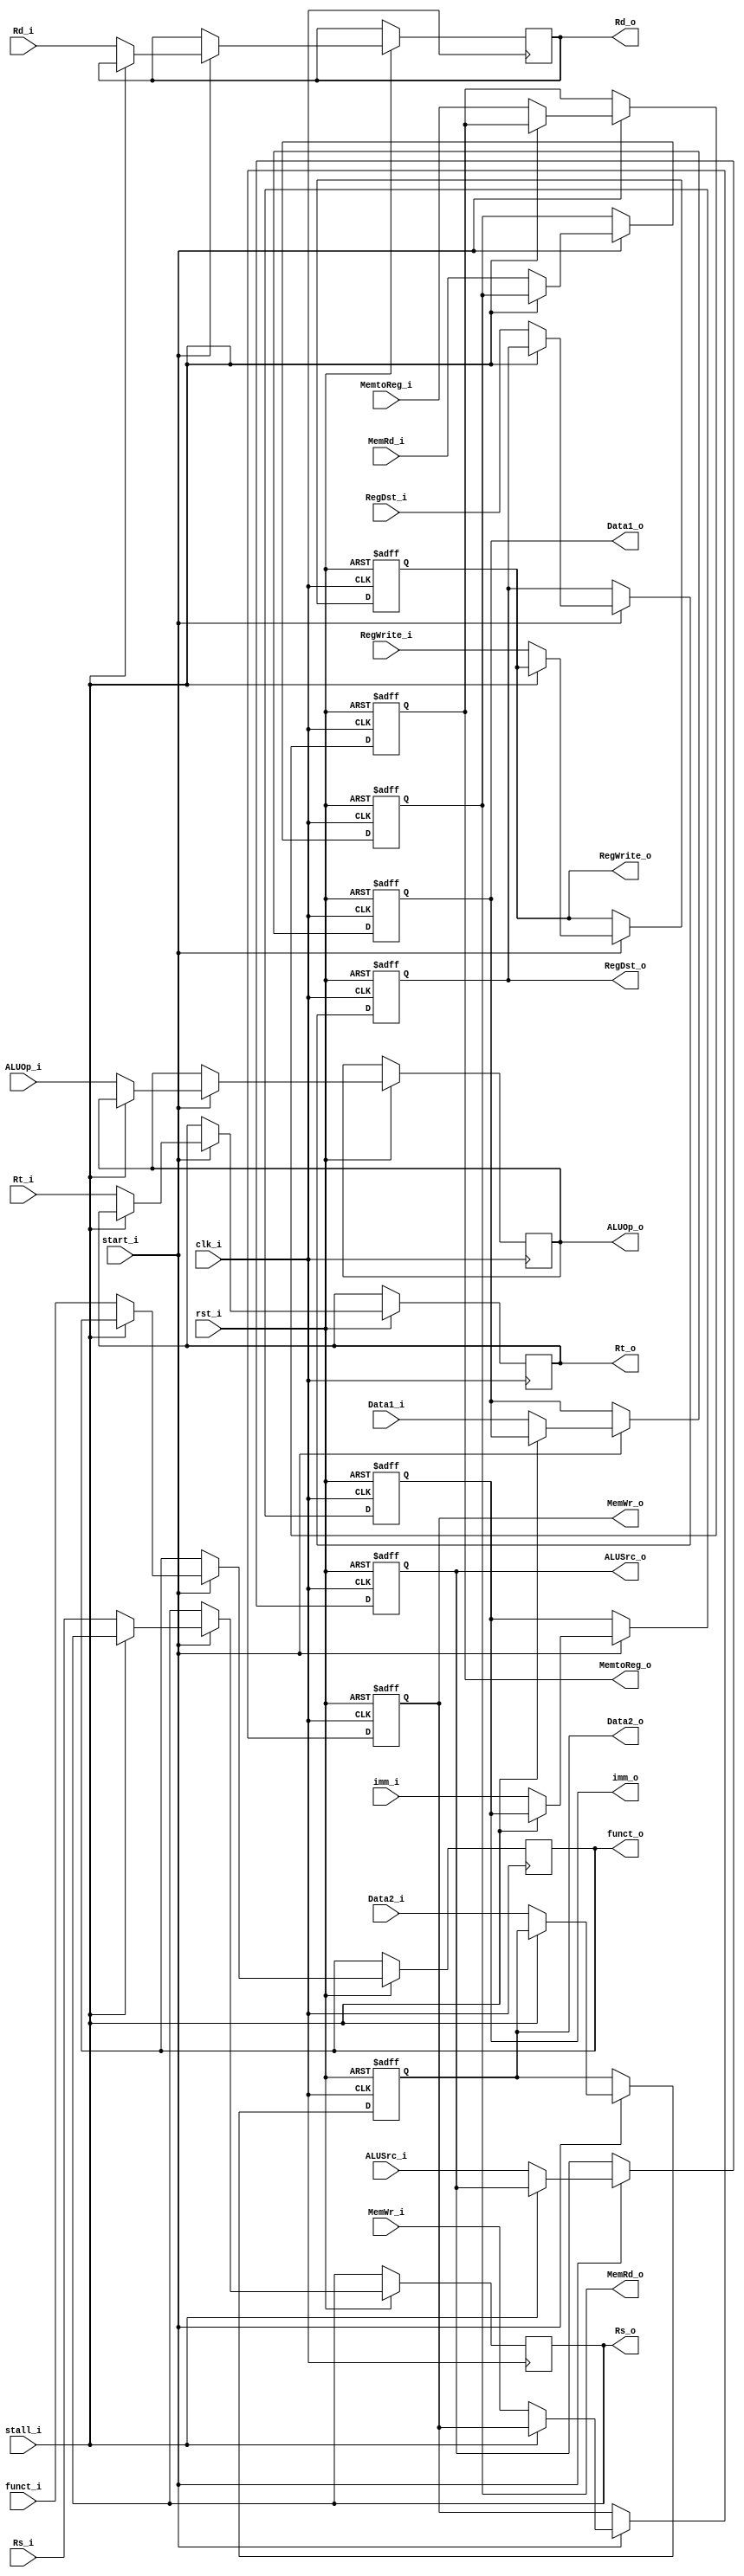
module ID_EX (
    clk_i, start_i, rst_i, stall_i,

    ALUSrc_i, ALUOp_i, RegDst_i, MemRd_i, MemWr_i, MemtoReg_i, RegWrite_i, Data1_i, Data2_i, Rs_i, Rt_i, Rd_i, imm_i, funct_i,

    ALUSrc_o, ALUOp_o, RegDst_o, MemRd_o, MemWr_o, MemtoReg_o, RegWrite_o, Data1_o, Data2_o, Rs_o, Rt_o, Rd_o, imm_o, funct_o
);

input           clk_i, start_i, rst_i, stall_i;
input           ALUSrc_i, RegDst_i, MemRd_i, MemWr_i, MemtoReg_i, RegWrite_i; 
input  [1:0]    ALUOp_i;
input  [31:0]   Data1_i, Data2_i, imm_i;
input  [4:0]    Rs_i, Rt_i, Rd_i;
input  [5:0]    funct_i;

output          ALUSrc_o, RegDst_o, MemRd_o, MemWr_o, MemtoReg_o, RegWrite_o; 
output [1:0]    ALUOp_o;
output [31:0]   Data1_o, Data2_o, imm_o;
output [4:0]    Rs_o, Rt_o, Rd_o;
output [5:0]    funct_o;

reg             ALUSrc,   RegDst,   MemRd,   MemWr,   MemtoReg,   RegWrite;
reg    [1:0]    ALUOp;
reg    [31:0]   Data1,   Data2,   imm;
reg    [4:0]    Rs,   Rt,   Rd;
reg    [5:0]    funct;

assign ALUSrc_o = ALUSrc;
assign RegDst_o = RegDst;
assign MemRd_o = MemRd;
assign MemWr_o = MemWr;
assign MemtoReg_o = MemtoReg;
assign RegWrite_o = RegWrite;
assign ALUOp_o = ALUOp;
assign Data1_o = Data1;
assign Data2_o = Data2;
assign imm_o = imm;
assign Rs_o = Rs;
assign Rt_o = Rt;
assign Rd_o = Rd;
assign funct_o = funct;

always @ (posedge clk_i or negedge rst_i) begin
    if (~rst_i) begin
        ALUSrc <= 1'b0;
        RegDst <= 1'b0;
        MemRd <= 1'b0;
        MemWr <= 1'b0;
        MemtoReg <= 1'b0;
        RegWrite <= 1'b0;
        Data1 <= 32'b0;
        Data2 <= 32'b0;
        imm <= 32'b0;
    end
    else if (start_i) begin
        if (~stall_i) begin
            ALUSrc <= ALUSrc_i;
            RegDst <= RegDst_i;
            MemRd <= MemRd_i;
            MemWr <= MemWr_i;
            MemtoReg <= MemtoReg_i;
            RegWrite <= RegWrite_i;
            ALUOp <= ALUOp_i;
            Data1 <= Data1_i;
            Data2 <= Data2_i;
            imm <= imm_i;
            Rs <= Rs_i;
            Rt <= Rt_i;
            Rd <= Rd_i;
            funct <= funct_i;
        end
    end
end

endmodule